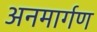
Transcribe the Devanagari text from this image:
अनमार्गण